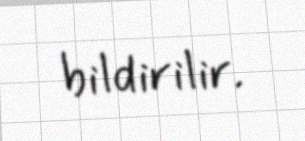
bildirilir.